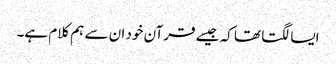
ایسا لگتا تھا کہ جیسے قرآن خود ان سے ہم کلام ہے۔